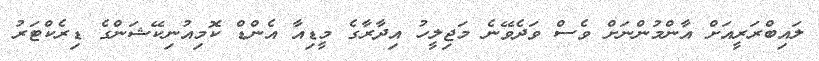
ލައިބްރަރީއަށް އާންމުންނަށް ވެސް ވަދެވޭނެ މަޖިލީހު އިދާރާގެ މީޑިއާ އެންޑް ކޮމިއުނިކޭޝަންގެ ޑިރެކްޓަރު